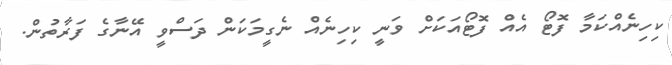
ކިހިނެއްކަމާ ފޮޓޯ އެއް ފޮޓޯއަކަށް ވަނީ ކިހިނެއް ނެގީމަކަން ދަސްވީ އޭނާގެ ފަރާތުން.